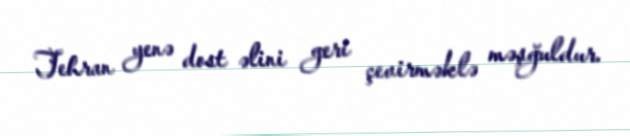
Tehran yenə dost əlini geri çevirməklə məşğuldur.